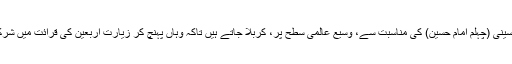
جو اربعین حسینی (چہلم امام حسین) کی مناسبت سے، وسیع عالمی سطح پر، کربلا جاتے ہیں تاکہ وہاں پہنچ کر زیارت اربعین کی قرائت میں شرکت کرسکیں۔